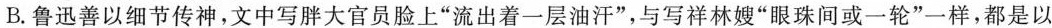
B. 鲁迅善以细节传神,文中写胖大官员脸上“流出着一层油汗”，与写祥林嫂“眼珠间或一轮”一样，都是以